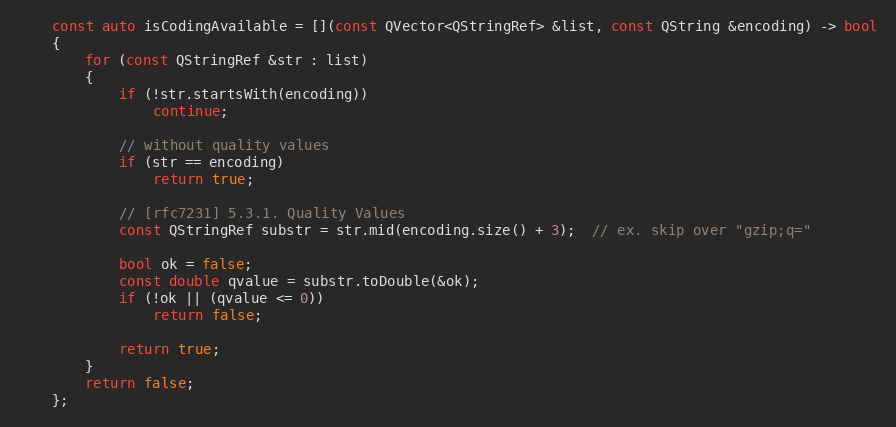
Language: C++
    const auto isCodingAvailable = [](const QVector<QStringRef> &list, const QString &encoding) -> bool
    {
        for (const QStringRef &str : list)
        {
            if (!str.startsWith(encoding))
                continue;

            // without quality values
            if (str == encoding)
                return true;

            // [rfc7231] 5.3.1. Quality Values
            const QStringRef substr = str.mid(encoding.size() + 3);  // ex. skip over "gzip;q="

            bool ok = false;
            const double qvalue = substr.toDouble(&ok);
            if (!ok || (qvalue <= 0))
                return false;

            return true;
        }
        return false;
    };